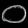
Digit: ၀